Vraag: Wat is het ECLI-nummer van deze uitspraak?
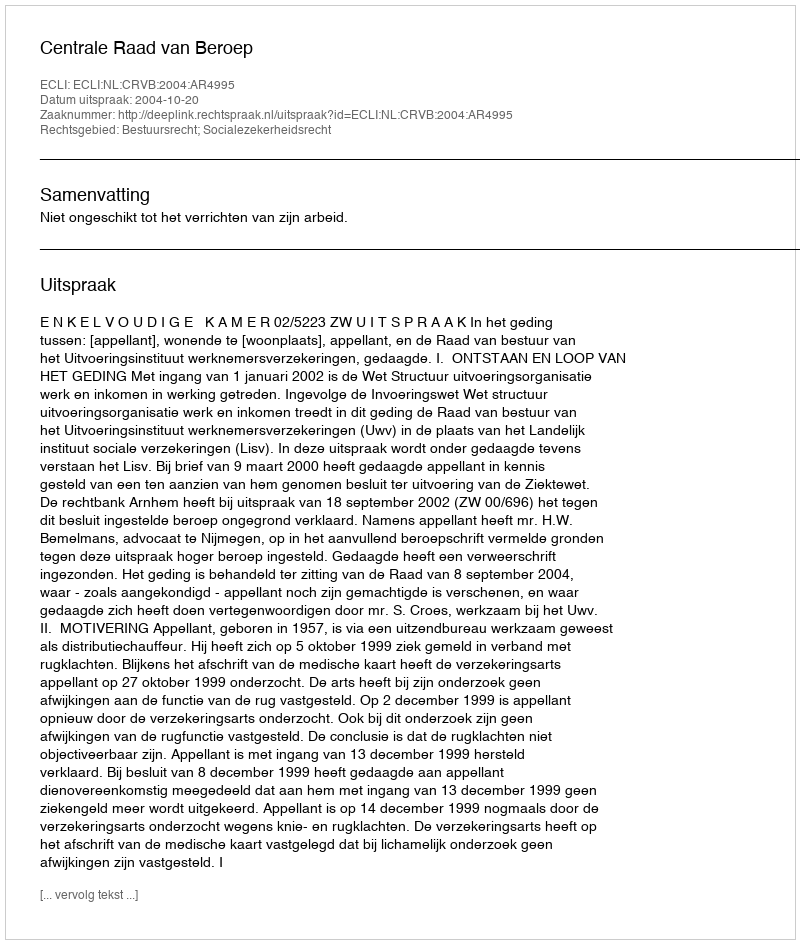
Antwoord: ECLI:NL:CRVB:2004:AR4995